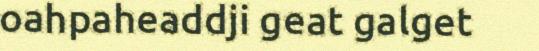
oahpaheaddji geat galget